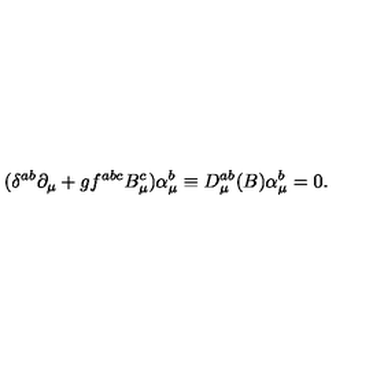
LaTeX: ( \delta ^ { a b } \partial _ { \mu } + g f ^ { a b c } B _ { \mu } ^ { c } ) \alpha _ { \mu } ^ { b } \equiv D _ { \mu } ^ { a b } ( B ) \alpha _ { \mu } ^ { b } = 0 .